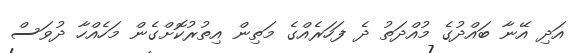
އަދި އޭނާ ބައްދުގެ މުއްދަތު ދެ ފަހަރެއްގެ މަތިން އިތުރުކޮށްގެން މަހެއްހާ ދުވަސް